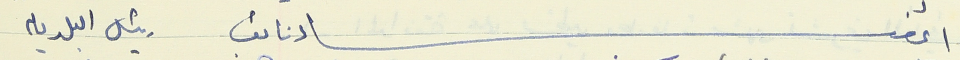
أعضاء نائب رئيس البلدية